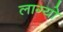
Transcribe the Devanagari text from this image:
लाग्यो